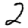
Digit: 2